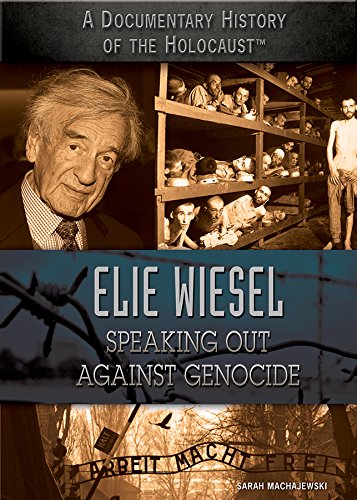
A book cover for Elie Wiesel: Speaking Out Against Genocide (A Documentary History of the Holocaust); Sarah Machajewski; Teen & Young Adult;